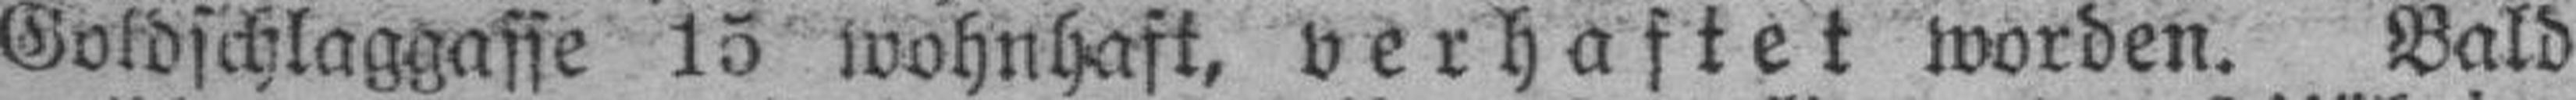
Goldschlaggasse 15 wohnhaft, verhaftet worden. Bald